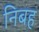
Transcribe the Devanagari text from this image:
निबह